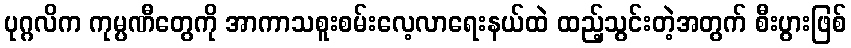
ပုဂ္ဂလိက ကုမ္ပဏီတွေကို အာကာသစူးစမ်းလေ့လာရေးနယ်ထဲ ထည့်သွင်းတဲ့အတွက် စီးပွားဖြစ်